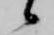
候